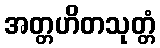
အတ္တဟိတသုတ္တံ